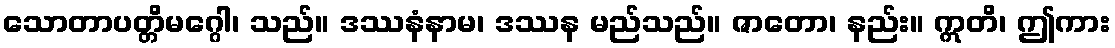
သောတာပတ္တိမဂ္ဂေါ၊ သည်။ ဒဿနံနာမ၊ ဒဿန မည်သည်။ ဇာတော၊ နည်း။ ဣတိ၊ ဤကား